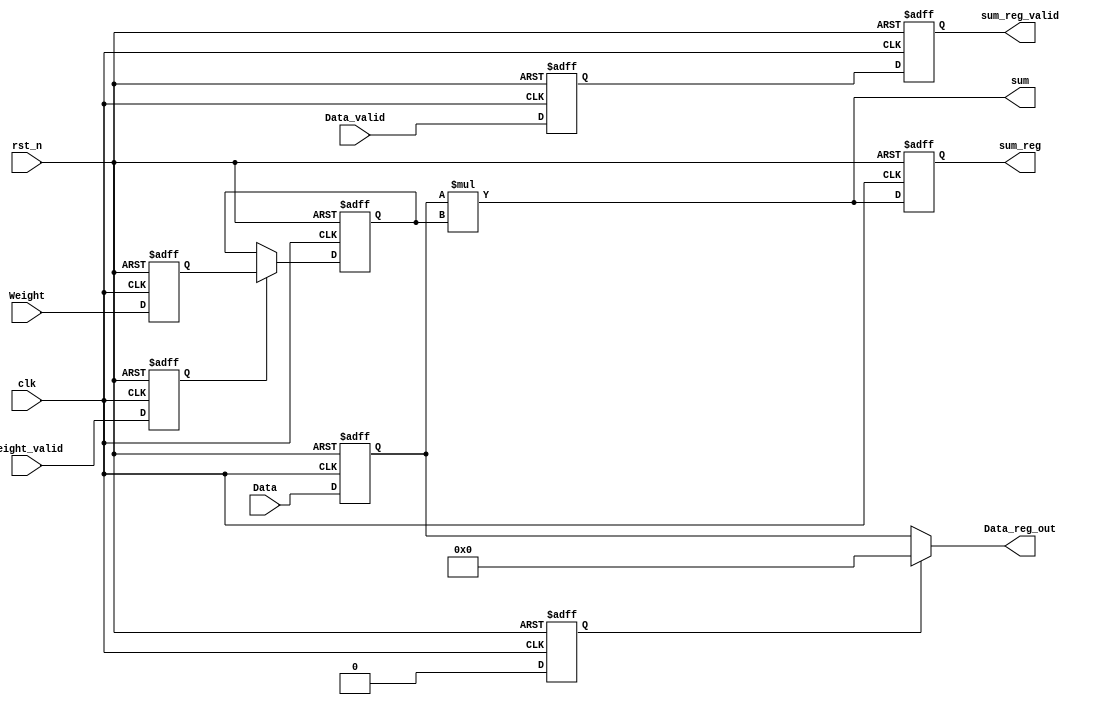
module PE_top(
    input               clk,
    input               rst_n,
    input               Data_valid,
    input       [7:0]   Data,
    input               Weight_valid,
    input       [7:0]   Weight,
    output      [15:0]  sum,
    output  reg [15:0]  sum_reg,
    output  reg         sum_reg_valid,
    output      [7:0]   Data_reg_out
    );

reg         [7:0]   Data_reg;
reg                 Data_valid_reg;

reg         [7:0]   Weight_reg;
reg         [7:0]   Weight_stable_reg;
reg                 Weight_valid_reg;

reg                 MSB_weight_reg;

wire                MSB_out;

reg                 datapath_rst;

// ============================================
// Declare Module : sPE => 8
// ============================================

assign sum = $signed(Data_reg)*$signed(Weight_stable_reg);
assign Data_reg_out = datapath_rst ? 8'b0 : Data_reg;

always @(negedge rst_n or posedge clk)
begin
    if (~rst_n)
        datapath_rst <= 1'b1;
    else
        datapath_rst <= 1'b0;
end

always @(negedge rst_n or posedge clk)
begin
    if (~rst_n)
    begin
        Data_reg <= #1 8'b0;
        Data_valid_reg <= #1 1'b0;
        Weight_reg <= #1 8'b0;
        Weight_valid_reg <= #1 1'b0;
        sum_reg <= #1 16'b0;
        sum_reg_valid <= #1 1'b0;
        MSB_weight_reg <= #1 1'b0;
    end
    else
    begin
        Data_reg <= #1 Data;
        Data_valid_reg <= #1 Data_valid;
        Weight_reg <= #1 Weight;
        Weight_valid_reg <= #1 Weight_valid;
        sum_reg <= #1 sum;
        sum_reg_valid <= #1 Data_valid_reg;
        MSB_weight_reg <= #1 Weight[7];
    end
end

always@(posedge clk or negedge rst_n) begin
    if(!rst_n) begin
        Weight_stable_reg <= #1 8'b0;
    end
    else if(Weight_valid_reg) begin
        Weight_stable_reg <= #1 Weight_reg;
    end
    else begin
        Weight_stable_reg <= #1 Weight_stable_reg;
    end
end

endmodule